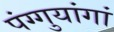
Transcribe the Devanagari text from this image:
पंग्गुयांगां